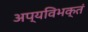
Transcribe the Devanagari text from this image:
अप्यविभक्तं